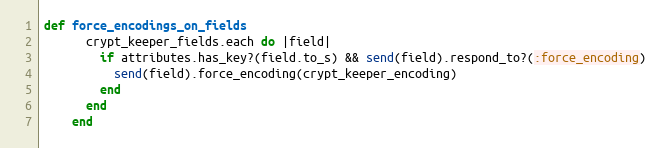
Language: Ruby
def force_encodings_on_fields
      crypt_keeper_fields.each do |field|
        if attributes.has_key?(field.to_s) && send(field).respond_to?(:force_encoding)
          send(field).force_encoding(crypt_keeper_encoding)
        end
      end
    end